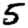
Digit: 5